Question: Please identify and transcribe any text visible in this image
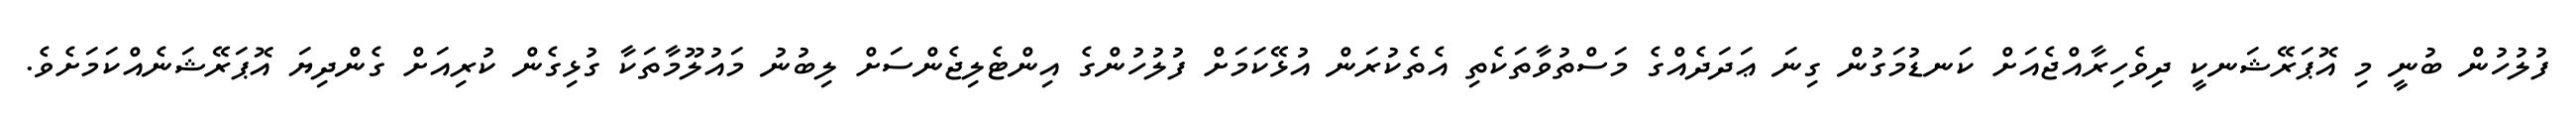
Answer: ފުލުހުން ބުނީ މި އޮޕަރޭޝަނކީ ދިވެހިރާއްޖެއަށް ކަނޑުމަގުން ގިނަ ޢަދަދެއްގެ މަސްތުވާތަކެތި އެތެކުރަން އުޅޭކަމަށް ފުލުހުންގެ އިންޓެލިޖެންސަށް ލިބުނު މައުލޫމާތަކާ ގުޅިގެން ކުރިއަށް ގެންދިޔަ އޮޕަރޭޝަނެއްކަމަށެވެ.